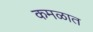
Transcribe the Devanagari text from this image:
कमळात